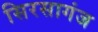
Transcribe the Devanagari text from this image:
सिरसागंज